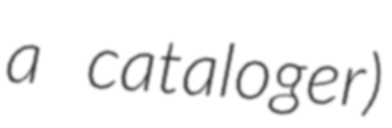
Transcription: a cataloger)